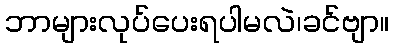
ဘာများလုပ်ပေးရပါမလဲ၊ခင်ဗျာ။